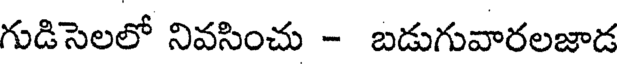
గుడిసెలలో నివసించు - బడుగువారలజాడ